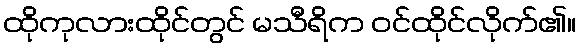
ထိုကုလားထိုင်တွင် မသီရိက ဝင်ထိုင်လိုက်၏။